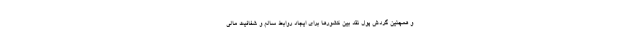
و همچنین گردش پول نقد بین کشورها برای ایجاد روابط سالم و شفافیت مالی